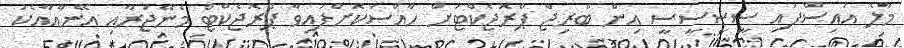
މާލެ އައިސްފައި ސީސީސީސީ އިން ބްރިޖް ޕްރޮޖެކްޓަށް ހާއްސަކޮށްފައިވާ ޕްރޮޖެކްޓް މެނޭޖަރާއި އޭނާއާއެކު